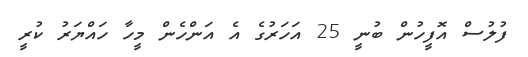
ފުލުސް އޮފީހުން ބުނީ 25 އަަހަރުގެ އެ އަންހެން މީހާ ހައްޔަރު ކުރީ